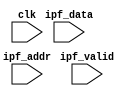
// This program was cloned from: https://github.com/taoyilee/clacc
// License: MIT License

`define CYCLE      30
`define SDFFILE    "./IPF.sdf"	  
`define End_CYCLE  10000000

`define PAT        "./pattern.dat"    
`define EXP0        "./golden0.dat"
   
`define EXP1        "./golden1.dat"     
    
`define EXP2        "./golden2.dat"

/*

MIT License

Copyright (c) 2017 Michael (Tao-Yi) Lee

Permission is hereby granted, free of charge, to any person obtaining a copy of this software and associated documentation files (the "Software"), to deal in the Software without restriction, including without limitation the rights to use, copy, modify, merge, publish, distribute, sublicense, and/or sell copies of the Software, and to permit persons to whom the Software is furnished to do so, subject to the following conditions:

The above copyright notice and this permission notice shall be included in all copies or substantial portions of the Software.

THE SOFTWARE IS PROVIDED "AS IS", WITHOUT WARRANTY OF ANY KIND, EXPRESS OR IMPLIED, INCLUDING BUT NOT LIMITED TO THE WARRANTIES OF MERCHANTABILITY, FITNESS FOR A PARTICULAR PURPOSE AND NONINFRINGEMENT. IN NO EVENT SHALL THE AUTHORS OR COPYRIGHT HOLDERS BE LIABLE FOR ANY CLAIM, DAMAGES OR OTHER LIABILITY, WHETHER IN AN ACTION OF CONTRACT, TORT OR OTHERWISE, ARISING FROM, OUT OF OR IN CONNECTION WITH THE SOFTWARE OR THE USE OR OTHER DEALINGS IN THE SOFTWARE.

*/


module clacc_mem (ipf_valid, ipf_data, ipf_addr, clk);

	input	ipf_valid;
	input	[13:0] ipf_addr;
	input	[7:0]  ipf_data;
	input	clk;

	reg [7:0] ipf_M [0:16383];
	integer i;

	initial begin
		for (i=0; i<=16383; i=i+1) ipf_M[i] = 0;
	end

	always@(negedge clk) 
		if (ipf_valid) ipf_M[ ipf_addr ] <= ipf_data;

endmodule